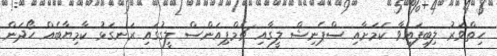
ހިތްވަރު ލިބިފައިވާ ކަމަށާއި ސްޕެނިޝް ލީގާއި ޗެމްޕިއަންސް ލީގުގައި ރަނގަޅު ކާމިޔާބެއް ހޯދަން